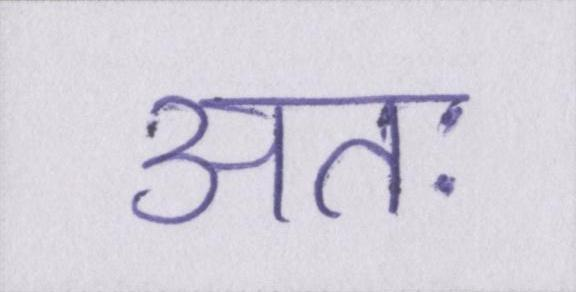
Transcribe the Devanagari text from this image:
अतः